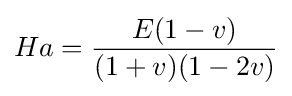
Ha={\frac {E(1-v)}{(1+v)(1-2v)}}